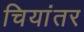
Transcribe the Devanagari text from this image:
चियांतर